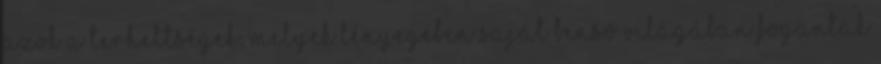
azok a terheltségek, melyek lényegében saját benső világában fogantak